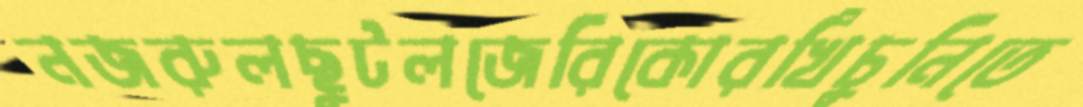
নজরুলছুটলজেরিকোরখিঁচুনিতে